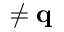
\neq \mathbf q